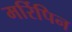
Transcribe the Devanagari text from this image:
मर्रिपिन